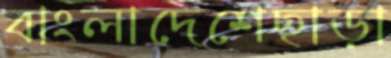
বাংলাদেশেছাড়া